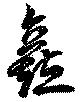
矗